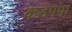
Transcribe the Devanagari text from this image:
कडपपा